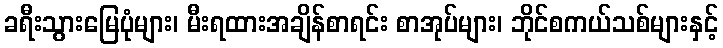
ခရီးသွားမြေပုံများ၊ မီးရထားအချိန်စာရင်း စာအုပ်များ၊ ဘိုင်စကယ်သစ်များနှင့်